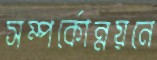
সম্পর্কোন্নয়নে